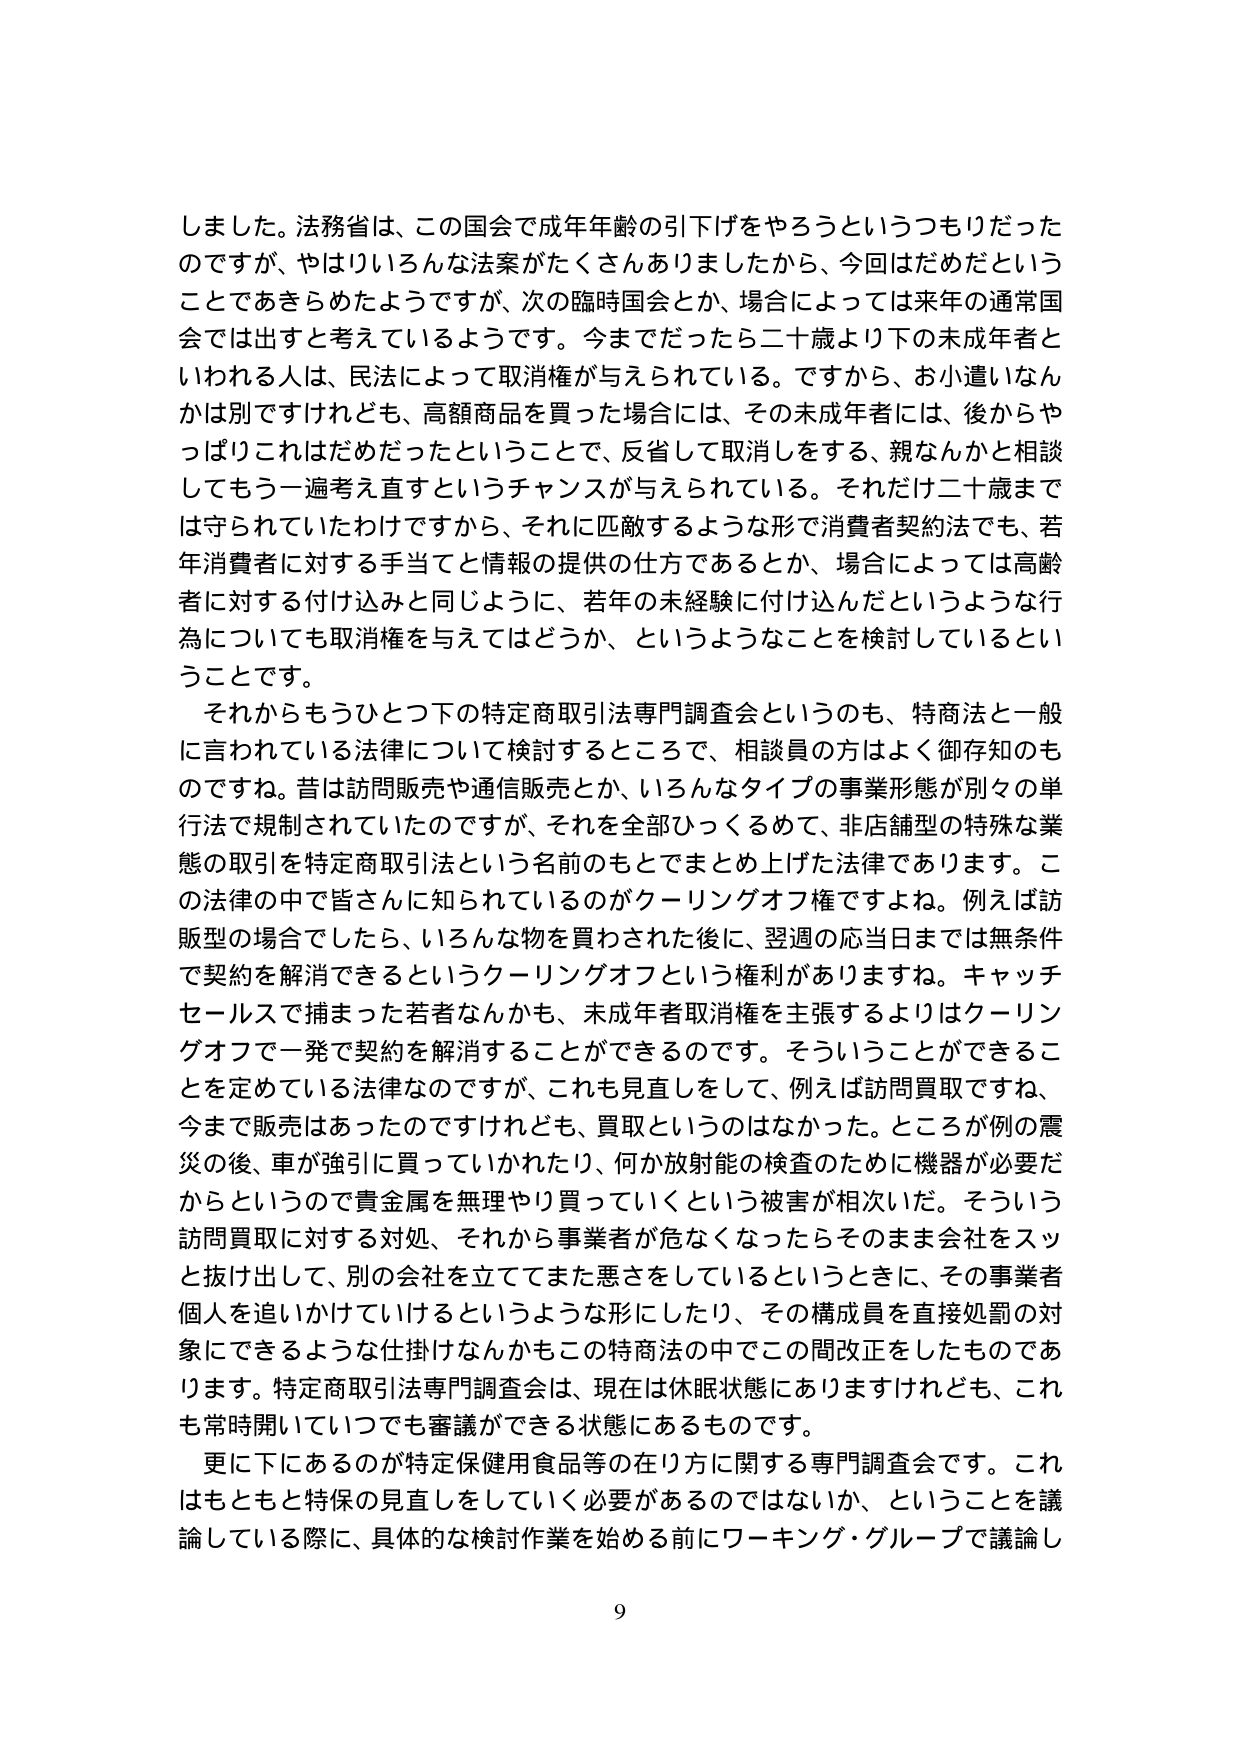
しました。法務省は、この国会で成年年齢の引下げをやろうというつもりだったのですが、やはりいろんな法案がたくさんありましたから、今回はだめだということであきらめたようですが、次の臨時国会とか、場合によっては来年の通常国会では出すと考えているようです。今までだったら二十歳より下の未成年者といわれる人は、民法によって取消権が与えられている。ですから、お小遣いなんかは別ですけれども、高額商品を買った場合には、その未成年者には、後からやっぱりこれはだめだったということで、反省して取消しをする、親なんかと相談してもう一遍考え直すというチャンスが与えられている。それだけ二十歳までは守られていたわけですから、それに匹敵するような形で消費者契約法でも、若年消費者に対する手当てと情報の提供の仕方であるとか、場合によっては高齢者に対する付け込みと同じように、若年の未経験に付け込んだというような行為についても取消権を与えてはどうか、というようなことを検討しているということです。

それからもうひとつ下の特定商取引法専門調査会というのも、特商法と一般に言われている法律について検討するところで、相談員の方はよく御存知のものです。昔は訪問販売や通信販売とか、いろんなタイプの事業形態が別々の単行法で規制されていたのですが、それを全部ひっくるめて、非店舗型の特殊な業態の取引を特定商取引法という名前のもとでまとめ上げた法律であります。この法律の中で皆さんに知られているのがクーリングオフ権ですよね。例えば訪販型の場合でしたら、いろんな物を買わされた後に、翌週の応当日までは無条件で契約を解消できるというクーリングオフという権利がありますね。キャッチセールスで捕まった若者なんかも、未成年者取消権を主張するよりはクーリングオフで一発で契約を解消することができるのです。そういうことができるこ とを定めている法律なのですが、これも見直しをして、例えば訪問買取ですね、今まで販売はあったのですけれども、買取というのはなかった。ところが例の震災の後、車が強引に買っていたり、何か放射能の検査のために機器が必要だからというので貴金属を無理やり買っていくという被害が相次いだ。そういう訪問買取に対する対処、それから事業者が危なくなったらそのまま会社をスッと抜け出して、別の会社を立ててまた悪さをしているというときに、その事業者個人を追いかけているというような形にしたり、その構成員を直接処罰の対象にできるような仕掛けなんかもこの特商法の中でこの間改正をしたものであります。特定商取引法専門調査会は、現在は休眠状態にありますけれども、これも常時開いていつでも審議ができる状態にあるものです。

更に下にあるのが特定保健用食品等の在り方に関する専門調査会です。これはもともと特保の見直しをしていく必要があるのではないか、ということを議論している際に、具体的な検討作業を始める前にワーキング・グループで議論し

9